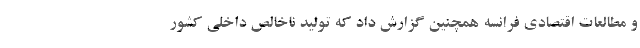
و مطالعات اقتصادی فرانسه همچنین گزارش داد که تولید ناخالص داخلی کشور